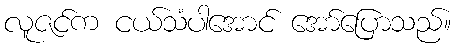
လူဇင်က ငယ်သံပါအောင် အော်ပြောသည်။